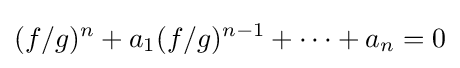
(f/g)^{n}+a_{1}(f/g)^{n-1}+\dots +a_{n}=0